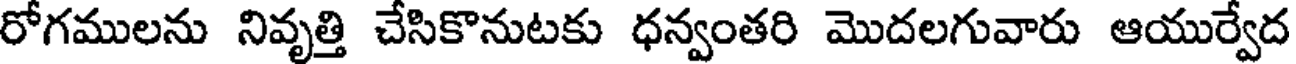
రోగములను నివృత్తి చేసికొనుటకు ధన్వంతరి మొదలగువారు ఆయుర్వేద